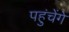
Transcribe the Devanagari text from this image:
पहुंचेंगे